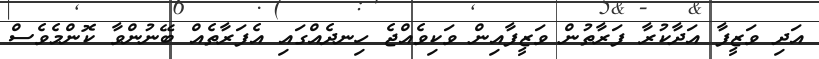
އަދި ވަޒީފާ އަދާކުރާ ފަރާތުން ވަޒީފާއިން ވަކިވެއްޖެ ހިނދެއްގައި އެފަރާތެއް ބޭނުންވާ ކޮންމެވެސް